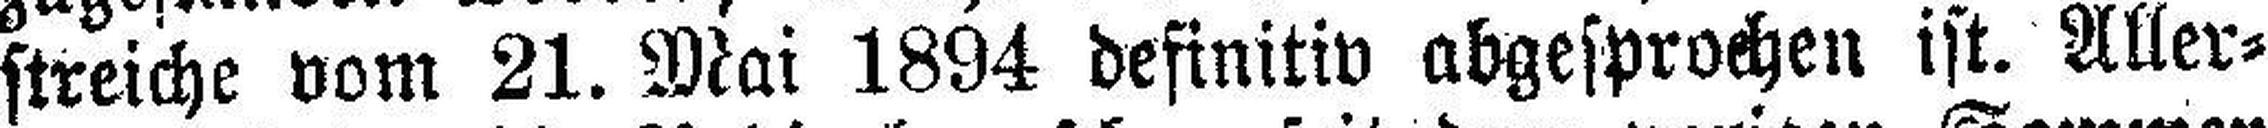
streiche vom 21. Mai 1894 definitiv abgesprochen ist. Aller¬